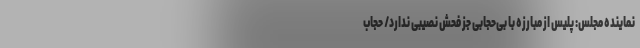
نماینده مجلس: پلیس از مبارزه با بی‌حجابی جز فحش نصیبی ندارد/ حجاب